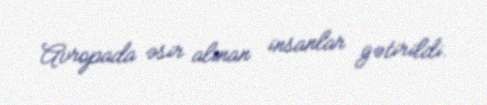
Avropada əsir alınan insanlar gətirildi.